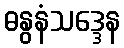
ဓနွနံသဒ္ဒေန